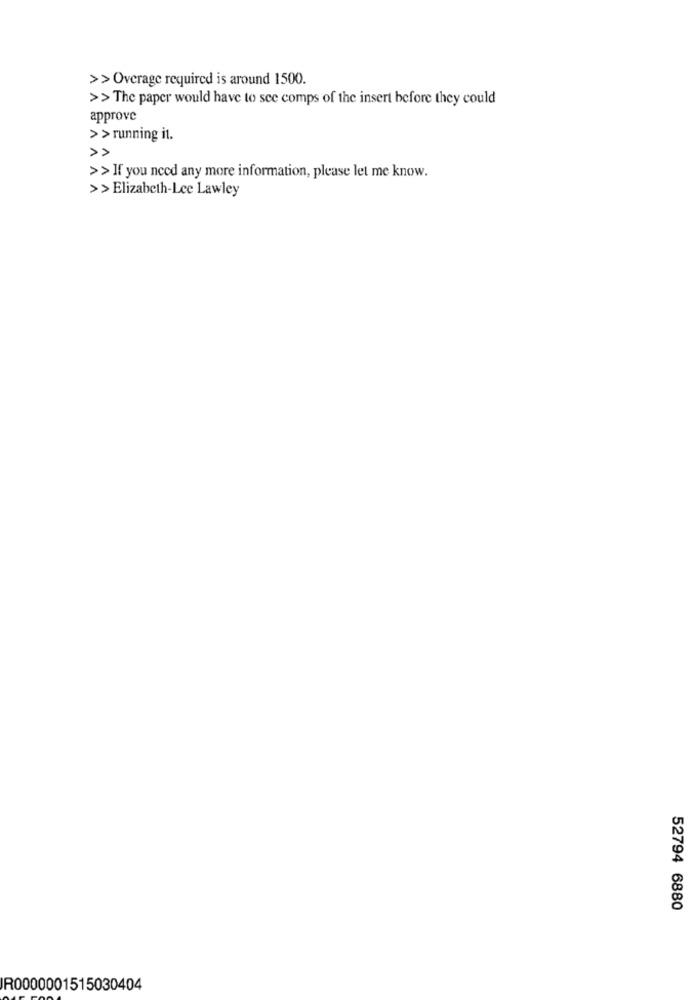
>> Overage required is around 1500.
>> The paper would have to see comps of the insert before they could
approve
>> running it.
>> If you need any more information, please let me know.
>> Elizabeth-Lee Lawley
52794 6880
IR0000001515030404